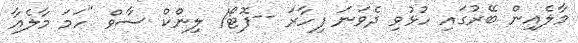
މާލެއިން ބޭރުގައި ހުޅުވި ދެވަނަ ފިހާރަ --ފޮޓޯ/ ލިންކް ސާވް "ހަމަ މާލެއާ